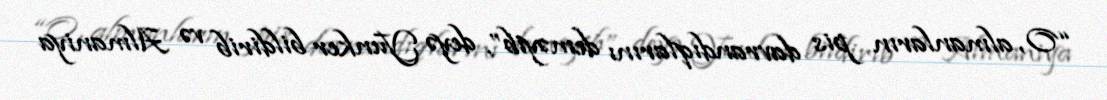
“O, almanların pis davrandıqlarını deməyib”, deyə Yunker bildirib və Almaniya